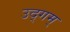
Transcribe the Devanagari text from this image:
उद्गम्